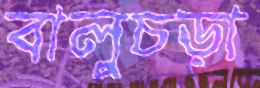
বালুচড়া